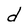
Character: d